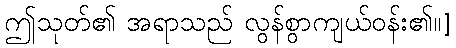
ဤသုတ်၏ အရာသည် လွန်စွာကျယ်ဝန်း၏၊၊]